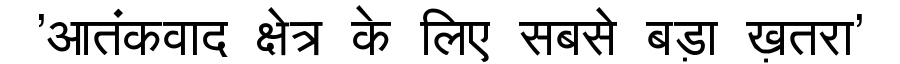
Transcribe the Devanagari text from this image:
'आतंकवाद क्षेत्र के लिए सबसे बड़ा ख़तरा'